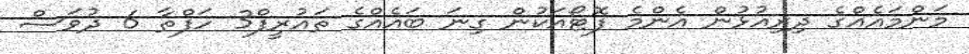
މަންމައެއްގެ ދިރިއުޅުން އެންމެ ފޮޓޯއަކުން ގިނަ ބައެއްގެ ތައުރީފް3 ހަފްތާ 6 ދުވަސް